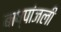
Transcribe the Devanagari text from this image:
बाष्पांजली